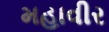
મહાવીર